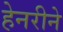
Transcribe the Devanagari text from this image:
हेनरीने